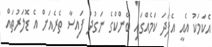
އެކަމަކު އެއީ އެފަދަ ކަމެއްގައި ބޭންކްގެ ނަގުދު ފައިސާ ތެރެއަށް އެ ޑޮލަރުތައް